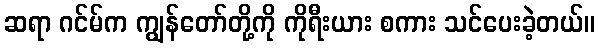
ဆရာ ဂင်မ်က ကျွန်တော်တို့ကို ကိုရီးယား စကား သင်ပေးခဲ့တယ်။